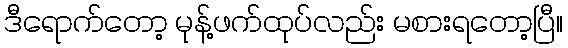
ဒီရောက်တော့ မုန့်ဖက်ထုပ်လည်း မစားရတော့ပြီ။